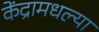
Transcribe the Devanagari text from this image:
केंद्रामधल्या